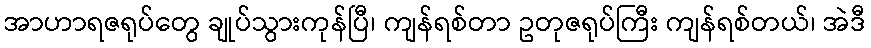
အာဟာရဇရုပ်တွေ ချုပ်သွားကုန်ပြီ၊ ကျန်ရစ်တာ ဥတုဇရုပ်ကြီး ကျန်ရစ်တယ်၊ အဲဒီ